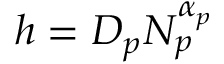
h = D _ { p } N _ { p } ^ { \alpha _ { p } }